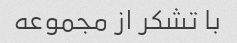
با تشکر از مجموعه